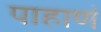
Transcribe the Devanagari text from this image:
पाहाणं